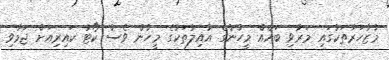
މުޒާހަރާތަކުގައި މަރުވި ބައެއް މީހުންގެ އާއިލާތަކުގެ މީހުން ވެސް ކޯޓު ކައިރިއަށް ޖަމާވި